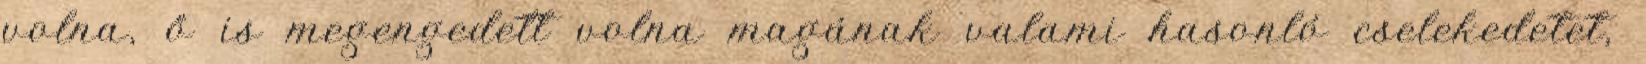
volna, ő is megengedett volna magának valami hasonló cselekedetet,